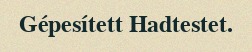
Gépesített Hadtestet.